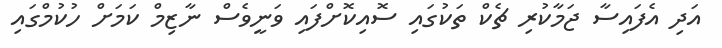
އަދި އެފައިސާ ޖަމާކުރި ޗެކް ތަކުގައި ސޮއިކޮށްފައި ވަނީވެސް ނާޒިމް ކަމަށް ހުކުމްގައި